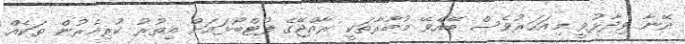
އޭނާ ވިދާޅުވީ މިއަހަރުވެސް ބޭއްވޭ މުބާރާތަކީ ރާއްޖޭގެ ފުޓްބޯޅައަށް އިތުރު ކުރިއެރުން ތަކެއް